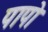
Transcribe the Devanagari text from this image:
पापो